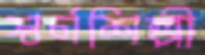
স্বর্ণশিল্পী